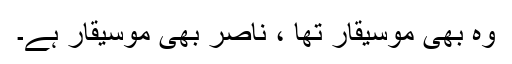
وہ بھی موسیقار تھا ، ناصر بھی موسیقار ہے۔